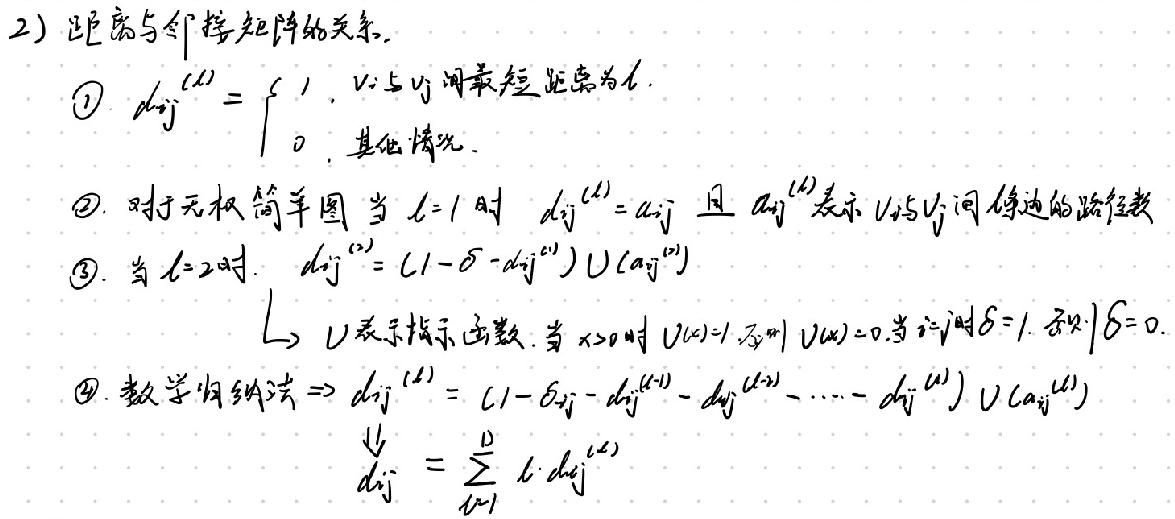
2) 距离与邻接矩阵的关系.
$\textcircled{1}$ \(d_{ij}^{(l)}=\begin{cases}1, & v_i与v_j间最短距离为l \\ 0, & 其他情况\end{cases}\)
$\textcircled{2}$ 对于无权简单图，当 \(l = 1\) 时， \(d_{ij}^{(l)}=a_{ij}\) 且 \(a_{ij}^{(l)}\) 表示 \(v_i与v_j间邻边的路径数\)
$\textcircled{3}$ 当 \(l = 2\) 时， \(d_{ij}^{(2)}=(1 - \delta - d_{ij}^{(1)})\cup(a_{ij}^{(2)})\)
\(\quad\) ，\(\cup\) 表示指示函数. 当 \(x>0\) 时 \(U(x)=1\)，否则 \(U(x)=0\). 当 \(i = j\) 时 \(\delta = 1\)，否则 \(\delta = 0\).
$\textcircled{4}$ 数学归纳法 \(\Rightarrow d_{ij}^{(l)}=(1 - \delta_{ij}-d_{ij}^{(l - 1)}-d_{ij}^{(l - 2)}-\cdots - d_{ij}^{(1)})\cup(a_{ij}^{(l)})\)
\(\quad\) \(d_{ij}=\sum_{l = 1}^{D}l\cdot d_{ij}^{(l)}\)